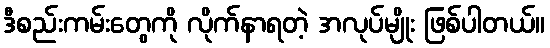
ဒီစည်းကမ်းတွေကို လိုက်နာရတဲ့ အလုပ်မျိုး ဖြစ်ပါတယ်။